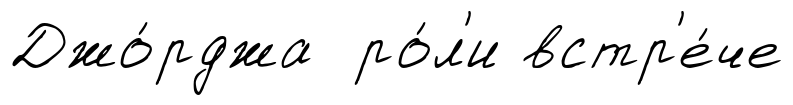
Джо́рджа ро́л'и встр'е́че